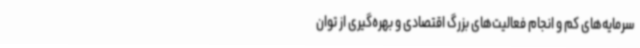
سرمایه‌های کم و انجام فعالیت‌های بزرگ اقتصادی و بهره‌گیری از توان